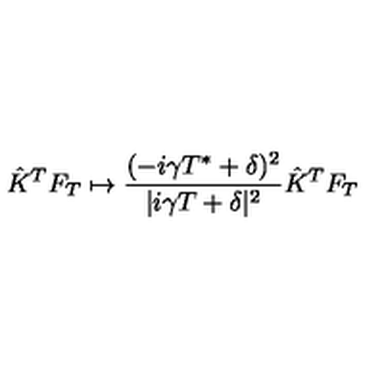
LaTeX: \hat { K } ^ { T } F _ { T } \mapsto \frac { ( - i \gamma T ^ { * } + \delta ) ^ { 2 } } { | i \gamma T + \delta | ^ { 2 } } \hat { K } ^ { T } F _ { T }